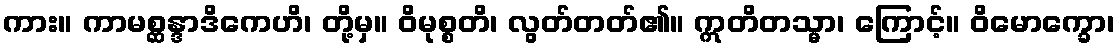
ကား။ ကာမစ္ဆန္ဒာဒိကေဟိ၊ တို့မှ။ ဝိမုစ္စတိ၊ လွတ်တတ်၏။ ဣတိတသ္မာ၊ ကြောင့်။ ဝိမောက္ခော၊